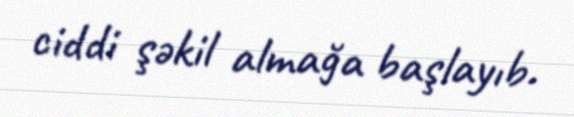
ciddi şəkil almağa başlayıb.